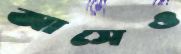
আসেও